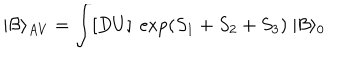
LaTeX: | { \cal B } \rangle _ { A V } = \int [ D U ] \ \exp ( S _ { 1 } + S _ { 2 } + S _ { 3 } ) \ | { \cal B } \rangle _ { 0 }